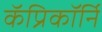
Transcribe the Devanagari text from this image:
कॅप्रिकॉर्नि